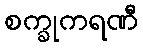
စက္ခုကရဏီ